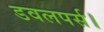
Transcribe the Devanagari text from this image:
डवलपर्स।